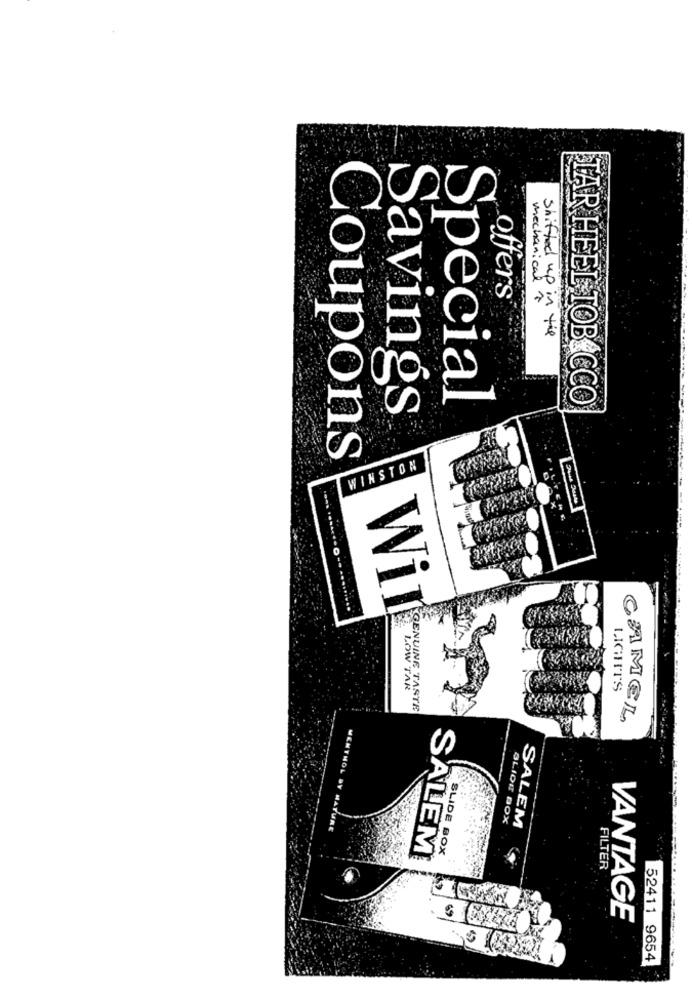
mechanical
offers®
shifted up in the
Special
TAR HEEL TOB CCO
Savings
Coupons
WINSTON
Wir
LOW TAR
LIGHTS
GENUINE TASTE
CAMEL
MENTHOL BY MATU
SLIOU BOX
SALEM
SLIDE BOX
SALEM
FILTER
VANTAGE
52411 9654